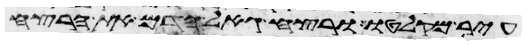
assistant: עיר מקלטו ורצח גאל הדם את הרצח